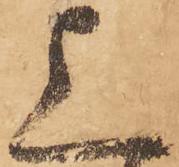
上